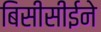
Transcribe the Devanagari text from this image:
बिसीसीईने